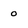
Character: O